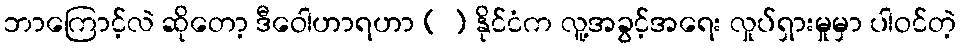
ဘာကြောင့်လဲ ဆိုတော့ ဒီဝေါဟာရဟာ ( ) နိုင်ငံက လူ့အခွင့်အရေး လှုပ်ရှားမှုမှာ ပါဝင်တဲ့